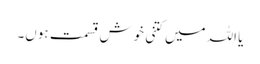
یا اللہ میں کتنی خوش قسمت ہوں۔